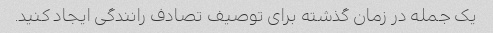
یک جمله در زمان گذشته برای توصیف تصادف رانندگی ایجاد کنید.